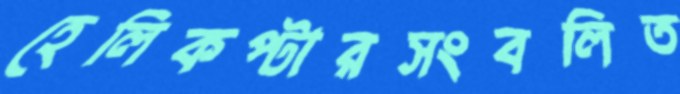
হেলিকপ্টারসংবলিত